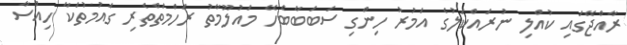
ރާއްޖޭގައި ކުއްލި ނުރައްކަލުގެ އަމުރު ހިންގި ސަބަބާބެހޭ މައުލޫމާތު ރަހްމަތްތެރި ގައުމުތަކާ ހިއްސާ